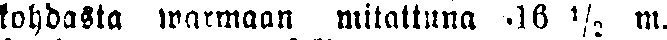
kohdasta warmaan mitattuna 16 ½ m.